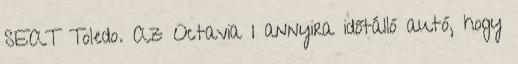
SEAT Toledo. Az Octavia I annyira időtálló autó, hogy